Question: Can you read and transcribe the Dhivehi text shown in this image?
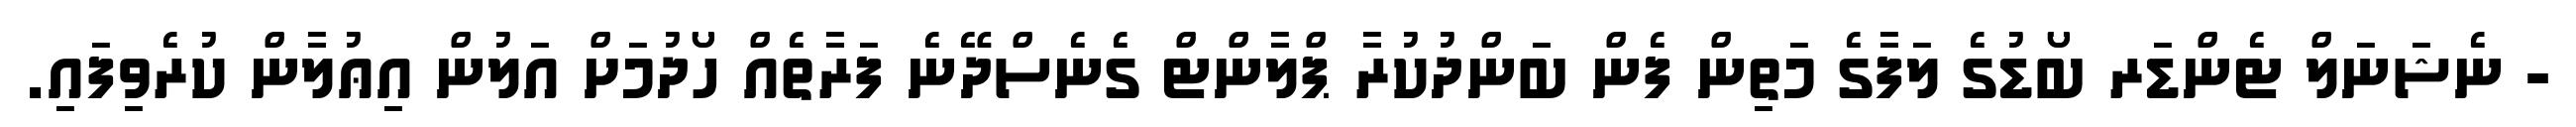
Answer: - ނެޝަނަލް ޓެންޑަރ ބޯޑުގެ ލަފާގެ މަތިން ފެން ބަންދުކުރާ ޕްލާންޓް ގެނެސްދޭނެ ފަރާތެއް ހޯދުމަށް އަލުން އިޢުލާން ކުރެވިފައި.